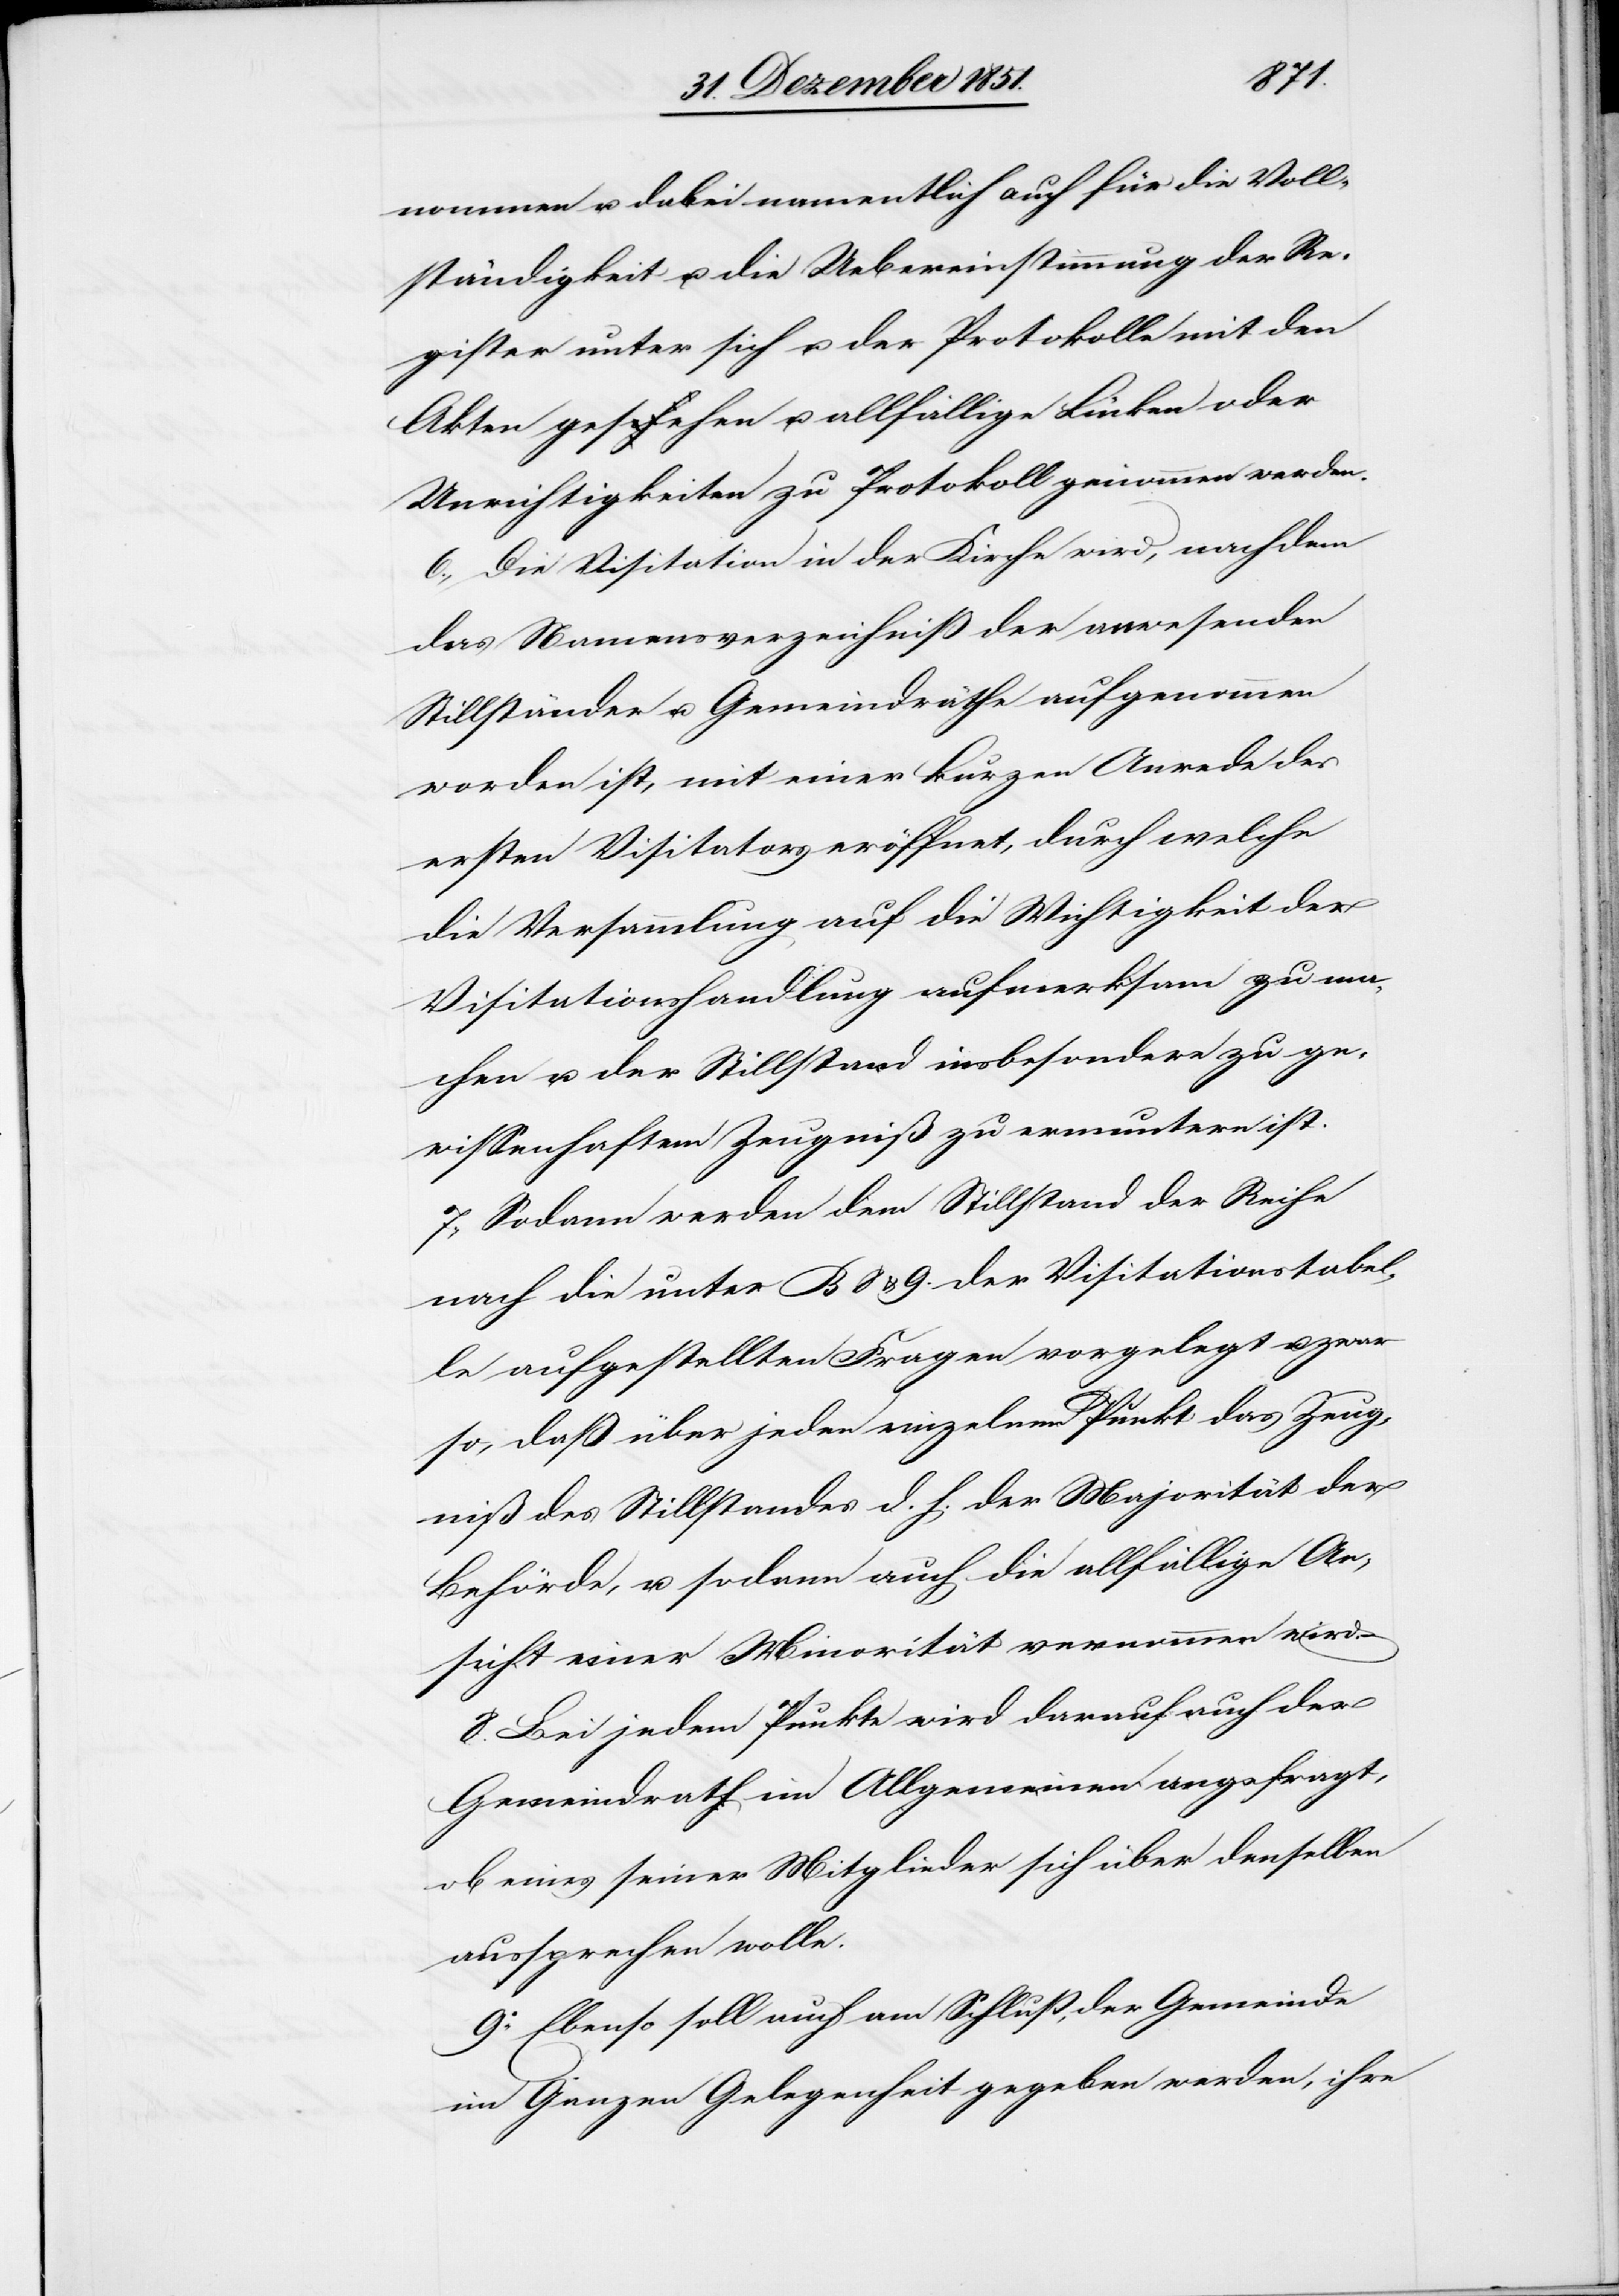
nommen u. dabei namentlich auch für die Voll¬
ständigkeit u. die Uebereinstimmung der Re¬
gister unter sich u. der Protokolle mit den
Akten gesehen u. allfällige Lücken oder
Unrichtigkeiten zu Protokoll genommen werden.
6., Die Visitation in der Kirche wird, nachdem
das Namensverzeichniß der anwesenden
Stillständer u. Gemeindräthe aufgenommen
worden ist, mit einer kurzen Anrede des
ersten Visitators eröffnet, durch welche
die Versammlung auf die Wichtigkeit der
Visitationshandlung aufmerksam zu ma¬
chen u. der Stillstand insbesondere zu ge¬
wissenhaftem Zeugniß zu ermuntern ist.
7., Sodann werden dem Stillstand der Reihe
nach die unter B 8 & 9. der Visitationstabel¬
le aufgestellten Fragen vorgelegt u. zwar
so, daß über jeden einzelnen Punkt das Zeug¬
niß des Stillstandes d. h. der Majorität der
Behörde, u. sodann auch die allfällige An¬
sicht einer Minorität vernommen wird.
8. Bei jedem Punkte wird darauf auch der
Gemeindrath im Allgemeinen angefragt,
ob eines seiner Mitglieder sich über denselben
aussprechen wolle.
9o. Ebenso soll auch am Schluß, der Gemeinde
im Ganzen Gelegenheit gegeben werden, ihre